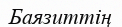
Баязиттің